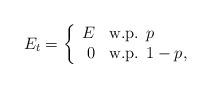
LaTeX: \begin{align*}E_t = \left\{ \begin{array}{rl}E & \mbox{w.p. $p$} \\0 & \mbox{w.p. $1-p$},\end{array} \right.\end{align*}